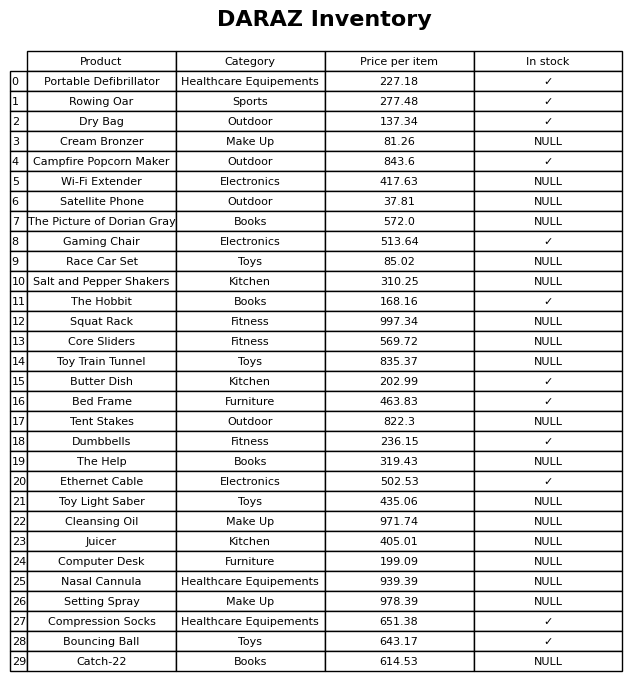
question: What is the price of the Juicer?
answer: The price of Juicer is 405.01.